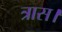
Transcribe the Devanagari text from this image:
त्रास।